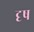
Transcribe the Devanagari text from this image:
दृष